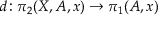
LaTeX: d \colon \pi _ { 2 } ( X , A , x ) \rightarrow \pi _ { 1 } ( A , x )